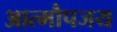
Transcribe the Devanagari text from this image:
आत्मौपजय